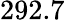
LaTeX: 292.7